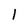
Character: 1